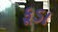
કૂડા